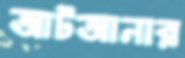
আটআনার